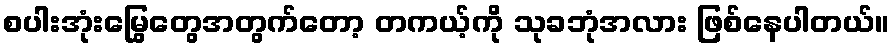
စပါးအုံးမြွေတွေအတွက်တော့ တကယ့်ကို သုခဘုံအလား ဖြစ်နေပါတယ်။